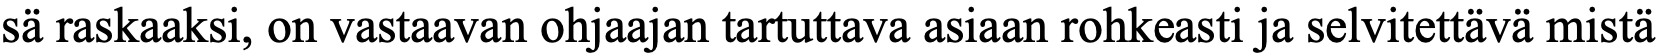
sä raskaaksi, on vastaavan ohjaajan tartuttava asiaan rohkeasti ja selvitettävä mistä